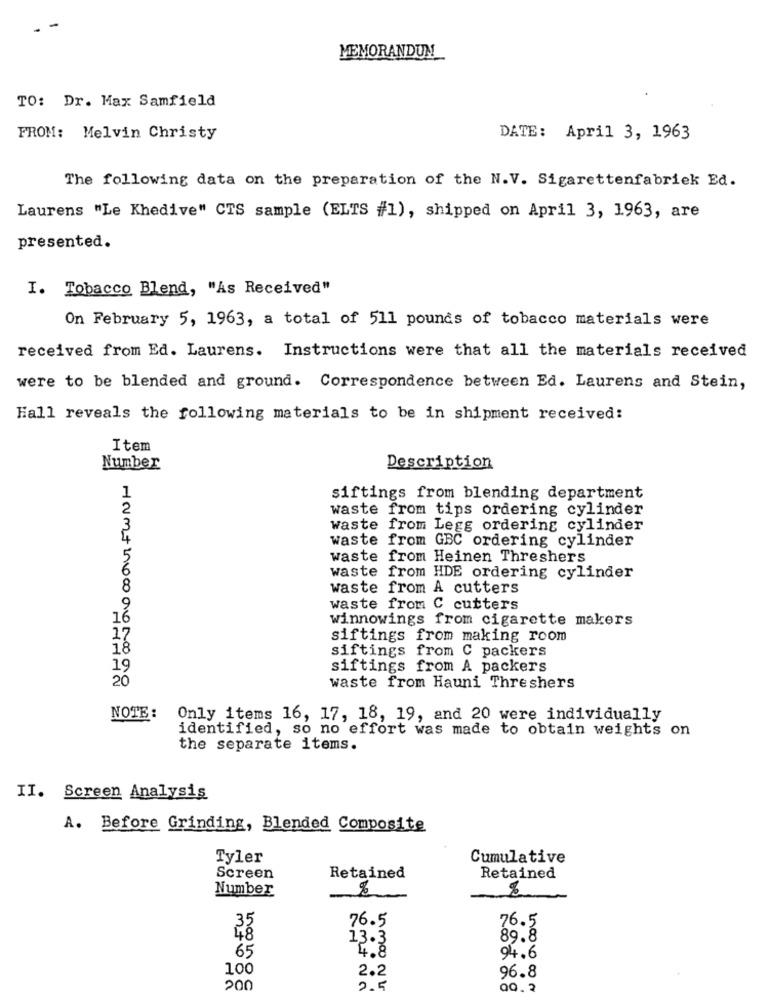
MEMORANDUM
TO: Dr. Max Samfield
FROM: Melvin Christy
DATE: April 3, 1963
The following data on the preparation of the N.V. Sigarettenfabriek Ed.
Laurens "Le Khedive" CTS sample (ELTS #1), shipped on April 3, 1963, are
presented.
I. Tobacco Blend, "As Received"
On February 5, 1963, a total of 511 pounds of tobacco materials were
received from Ed. Laurens. Instructions were that all the materials received
were to be blended and ground. Correspondence between Ed. Laurens and Stein,
Hall reveals the following materials to be in shipment received:
Item
Number
Description
1
siftings from blending department
waste from tips ordering cylinder
waste from Legg ordering cylinder
waste from GBC ordering cylinder
waste from Heinen Threshers
waste from HDE ordering cylinder
8
waste from A cutters
waste from C cutters
16
winnowings from cigarette makers
17
siftings from making room
18
siftings from C packers
19
siftings from A packers
20
waste from Hauni Threshers
NOTE :
Only items 16, 17, 18, 19, and 20 were individually
identified, so no effort was made to obtain weights on
the separate items.
II. Screen Analysis
A. Before Grinding, Blended Composite
Tyler
Cumulative
Screen
Retained
Retained
Number
%
76.5
76.5
2500
13.3
89.8
65
4.8
94.6
100
2.2
96.8
200
2.5
QQ.2